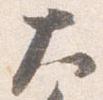
大